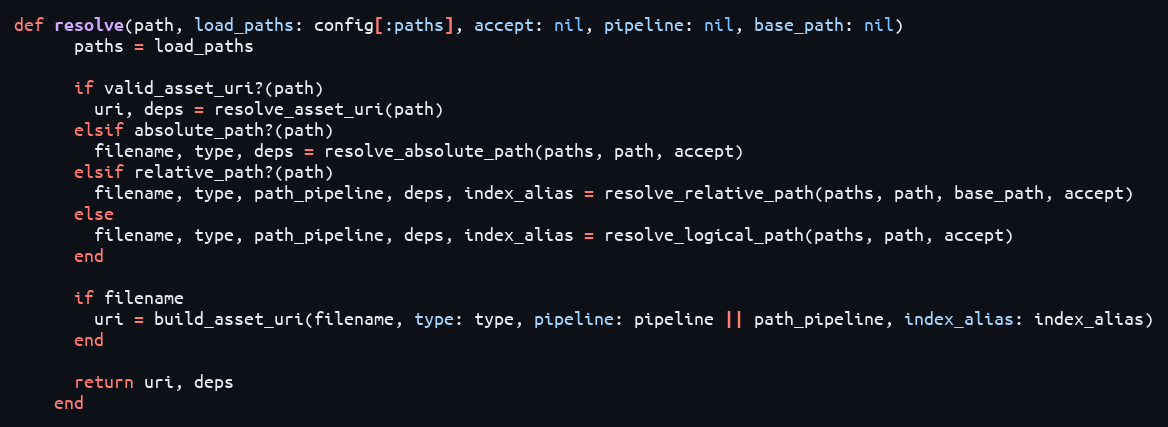
Language: Ruby
def resolve(path, load_paths: config[:paths], accept: nil, pipeline: nil, base_path: nil)
      paths = load_paths

      if valid_asset_uri?(path)
        uri, deps = resolve_asset_uri(path)
      elsif absolute_path?(path)
        filename, type, deps = resolve_absolute_path(paths, path, accept)
      elsif relative_path?(path)
        filename, type, path_pipeline, deps, index_alias = resolve_relative_path(paths, path, base_path, accept)
      else
        filename, type, path_pipeline, deps, index_alias = resolve_logical_path(paths, path, accept)
      end

      if filename
        uri = build_asset_uri(filename, type: type, pipeline: pipeline || path_pipeline, index_alias: index_alias)
      end

      return uri, deps
    end